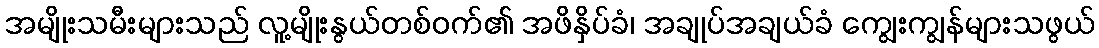
အမျိုးသမီးများသည် လူ့မျိုးနွယ်တစ်ဝက်၏ အဖိနှိပ်ခံ၊ အချုပ်အချယ်ခံ ကျွေးကျွန်များသဖွယ်